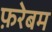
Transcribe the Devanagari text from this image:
फ़रेबम